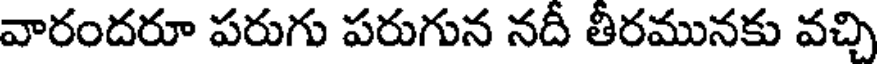
వారందరూ పరుగు పరుగున నదీ తీరమునకు వచ్చి